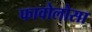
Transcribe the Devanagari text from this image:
फावोलोसा